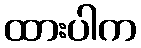
ထားပါက